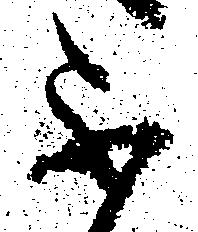
不